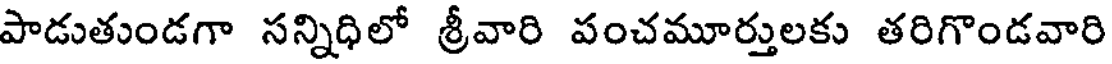
పాడుతుండగా సన్నిధిలో శ్రీవారి పంచమూర్తులకు తరిగొండవారి